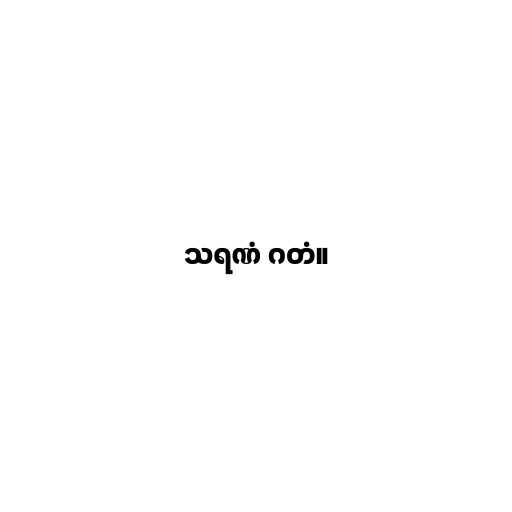
သရဏံ ဂတံ။